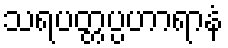
သရပတ္တပ္ပဟာရာနံ